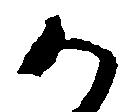
か